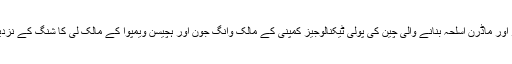
بدنام آرمس ڈیلر اور ماڈرن اسلحہ بنانے والی چین کی پولی ٹیکنالوجیز کمپنی کے مالک وانگ جون اور ہچیسن ویمپوا کے مالک لی کا شنگ کے نزدیکی تعلقات ہیں۔